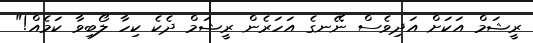
ރީޝަމް އަކަށް އަދިވެސް ނޭނގެ އަހަރެން ރީޝަމް ދެކެ ކިހާ ލޯބިވާ ކަމެއް!"